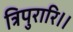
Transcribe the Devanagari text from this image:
त्रिपुरारि।।